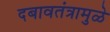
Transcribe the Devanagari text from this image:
दबावतंत्रामुळे